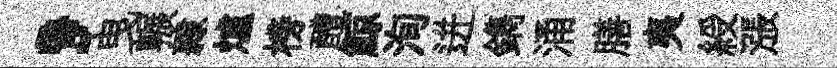
，曳輾隷爐榜醴鯨洵迸鐫涌膳夷綬漲